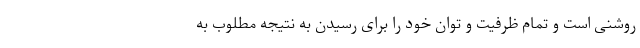
روشنی است و تمام ظرفیت و توان خود را برای رسیدن به نتیجه مطلوب به